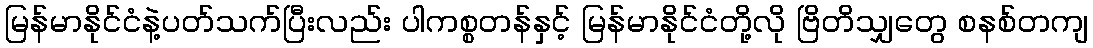
မြန်မာနိုင်ငံနဲ့ပတ်သက်ပြီးလည်း ပါကစ္စတန်နှင့် မြန်မာနိုင်ငံတို့လို ဗြိတိသျှတွေ စနစ်တကျ